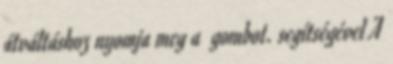
átváltáshoz nyomja meg a gombot. segítségével A